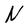
Character: N